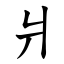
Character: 爿